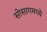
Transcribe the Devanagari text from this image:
सोसागमध्ये